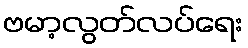
ဗမာ့လွတ်လပ်ရေး